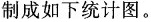
制成如下统计图。